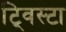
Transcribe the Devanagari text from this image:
ट्विस्टा